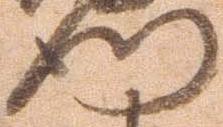
門